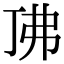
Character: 𫸨